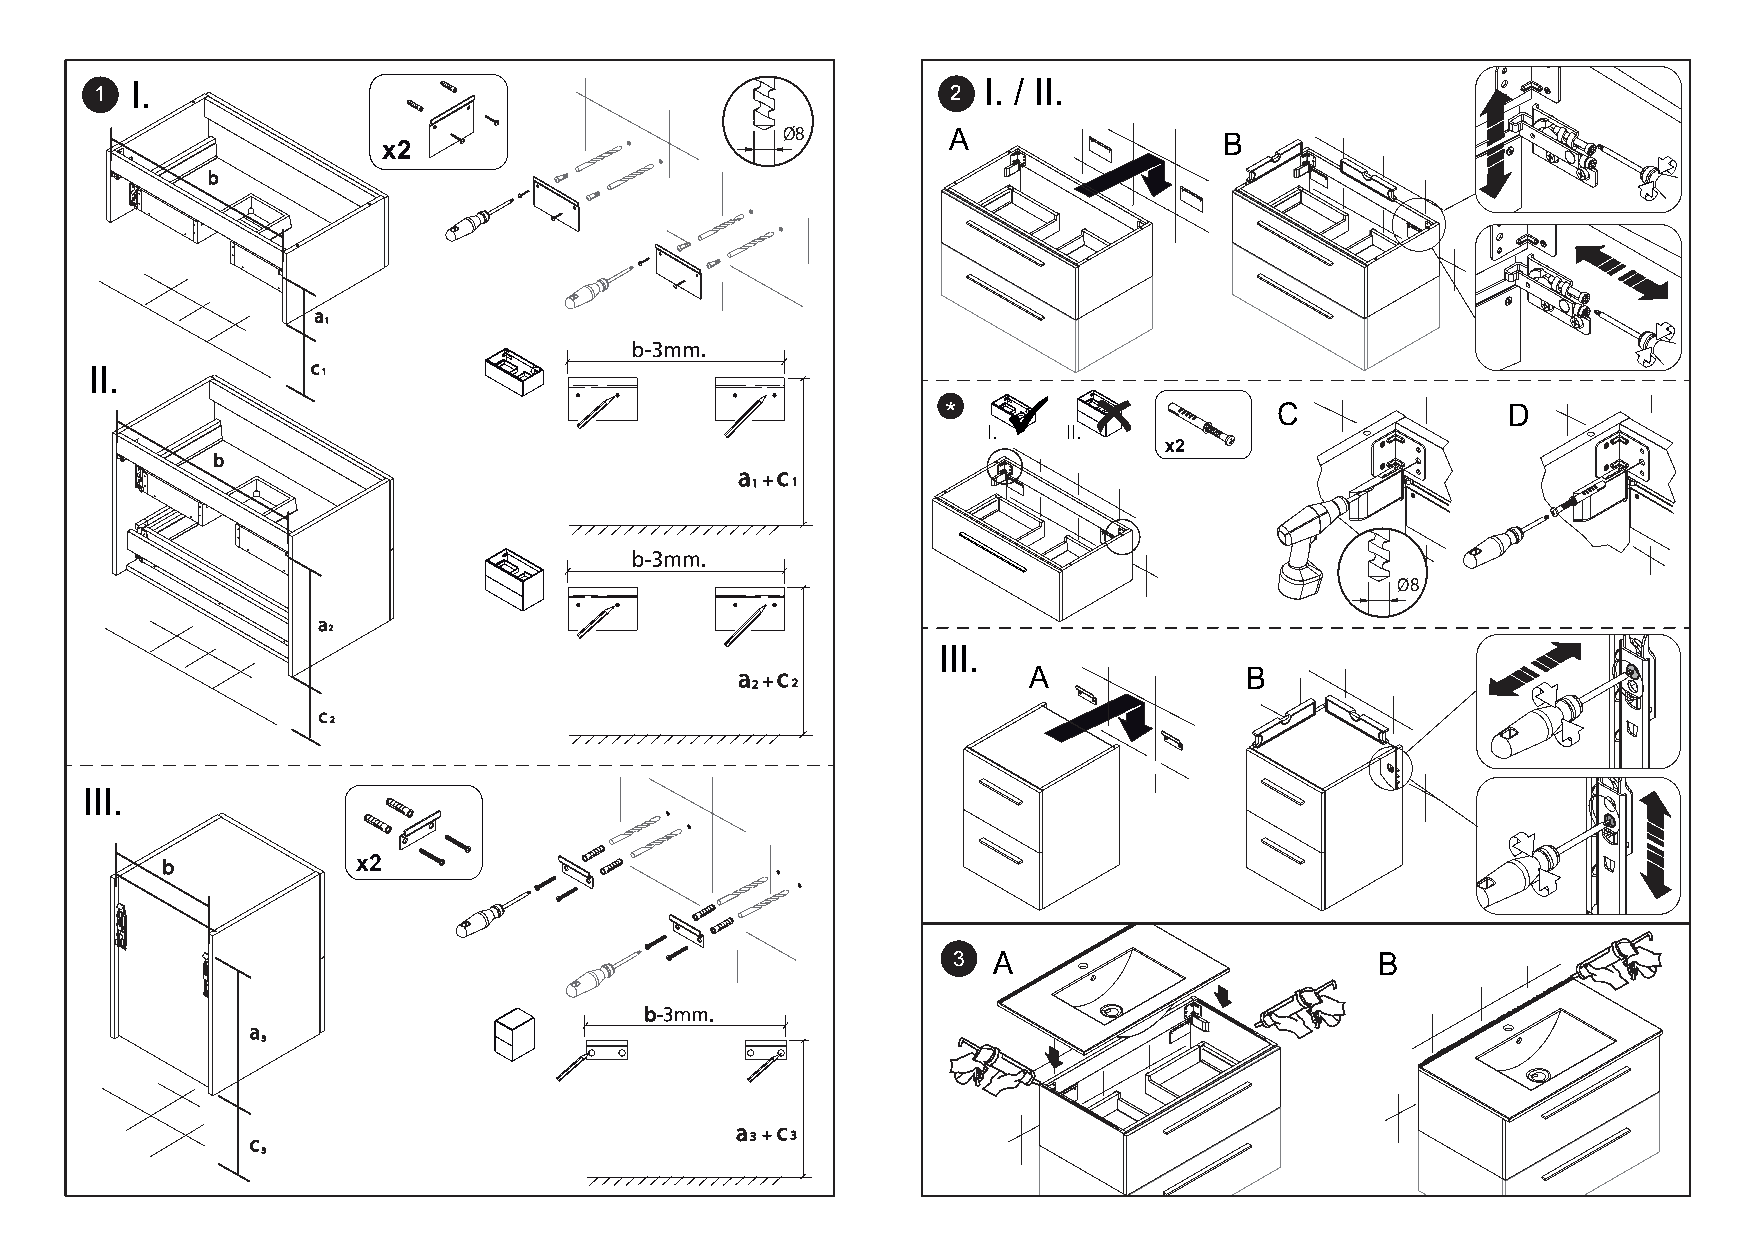
1  I.                                                    2 I. / II.
 Ø8         A                 B
 x2
 b
 a
 1
 c
 II.            1
 *                     C              D
 I.    II.
 x2
 b
 a c
 1 1
 Ø8
 a
 2
 III.
 a c                A              B
 2 2
 c
 2
 III.
 b            x2
 3                           B
 a
 3
 a c
 c                                3 3
 3
 A